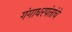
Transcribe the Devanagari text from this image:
गंगाधरपंतांचे